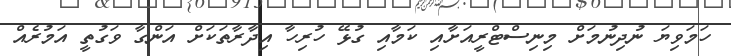
ހަމަވިޔަ ނުދިނުމަށް މިނިސްޓްރީއަށާއި ކަމާއި ގުޅޭ ހުރިހާ އިދާރާތަކަށް އަންގާ ވަގުތީ އަމުރެއް